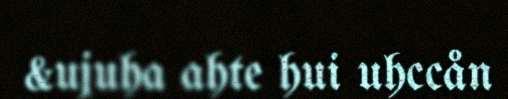
&ujuha ahte hui uhccån